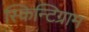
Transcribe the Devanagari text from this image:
स्किन्टिग्राम